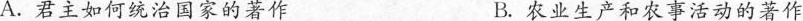
A.君主如何统治国家的著作 B.农业生产和农事活动的著作